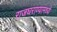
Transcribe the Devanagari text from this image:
राजघराण्यामध्ये